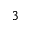
^ 3